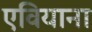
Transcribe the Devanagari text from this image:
एवियाना